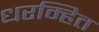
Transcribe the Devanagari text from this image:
धरम्हित